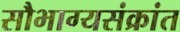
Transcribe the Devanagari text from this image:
सौभाग्यसंक्रांत